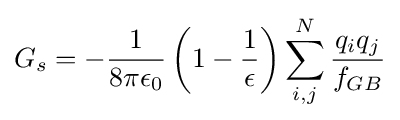
G_{s}=-{\frac {1}{8\pi \epsilon _{0}}}\left(1-{\frac {1}{\epsilon }}\right)\sum _{i,j}^{N}{\frac {q_{i}q_{j}}{f_{GB}}}